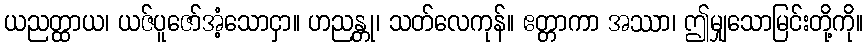
ယညတ္ထာယ၊ ယဇ်ပူဇော်အံ့သောငှာ။ ဟညန္တု၊ သတ်လေကုန်။ ဧတ္တာကာ အဿာ၊ ဤမျှသောမြင်းတို့ကို။